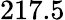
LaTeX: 217.5